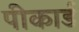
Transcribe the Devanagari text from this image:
पीकार्ड